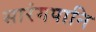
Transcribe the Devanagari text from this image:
सारंगपानि